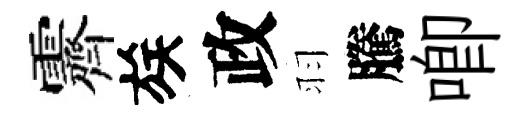
霽族政羽騰唧